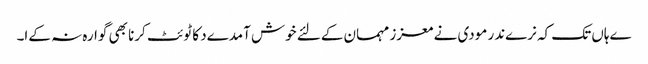
ےہاں تک کہ نرےندر مودی نے معزز مہمان کےلئے خوش آمدےد کا ٹوئٹ کرنا بھی گوارہ نہ کےا۔